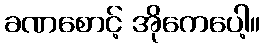
ခဏစောင့် အိုကေပေါ့။